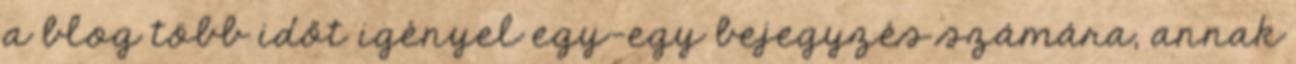
a blog több időt igényel egy-egy bejegyzés számára, annak